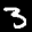
Label: 3